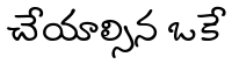
చేయాల్సిన ఒకే